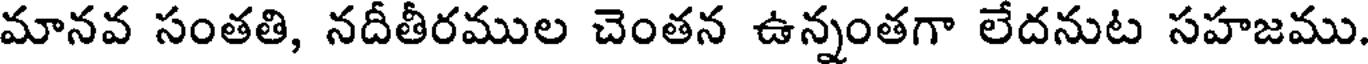
మానవ సంతతి, నదీతీరముల చెంతన ఉన్నంతగా లేదనుట సహజము